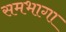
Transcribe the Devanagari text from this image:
समभागा